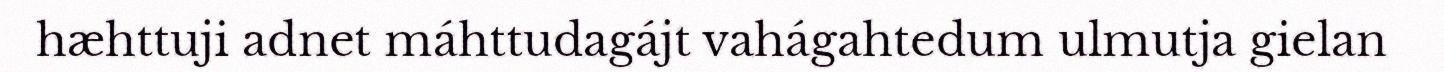
hæhttuji adnet máhttudagájt vahágahtedum ulmutja gielan